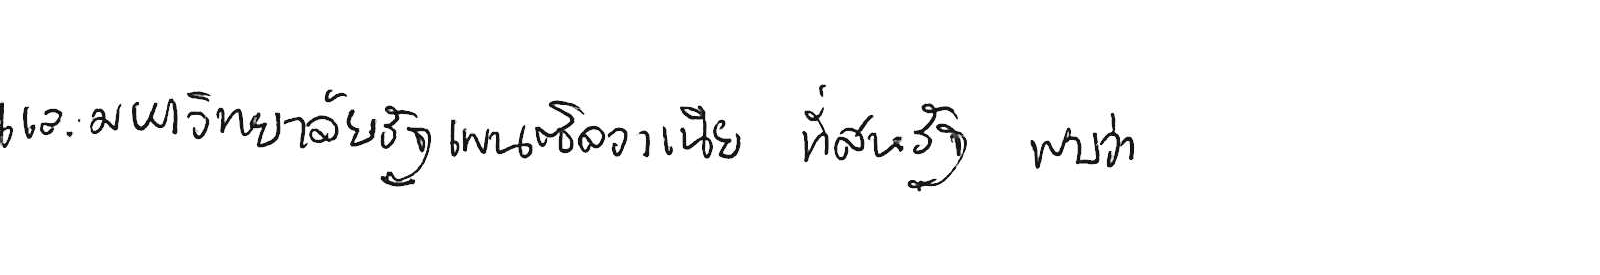
และมหาวิทยาลัยรัฐเพนซิลวาเนีย ที่สหรัฐ พบว่า